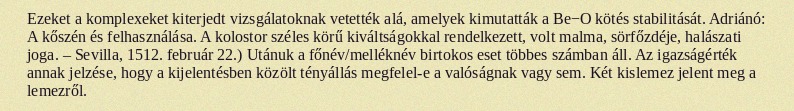
Ezeket a komplexeket kiterjedt vizsgálatoknak vetették alá, amelyek kimutatták a Be−O kötés stabilitását. Adriánó: A kőszén és felhasználása. A kolostor széles körű kiváltságokkal rendelkezett, volt malma, sörfőzdéje, halászati joga. – Sevilla, 1512. február 22.) Utánuk a főnév/melléknév birtokos eset többes számban áll. Az igazságérték annak jelzése, hogy a kijelentésben közölt tényállás megfelel-e a valóságnak vagy sem. Két kislemez jelent meg a lemezről.